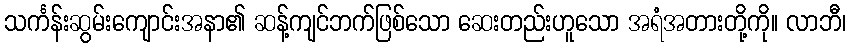
သင်္ကန်းဆွမ်းကျောင်းအနာ၏ ဆန့်ကျင်ဘက်ဖြစ်သော ဆေးတည်းဟူသော အရံအတားတို့ကို။ လာဘီ၊